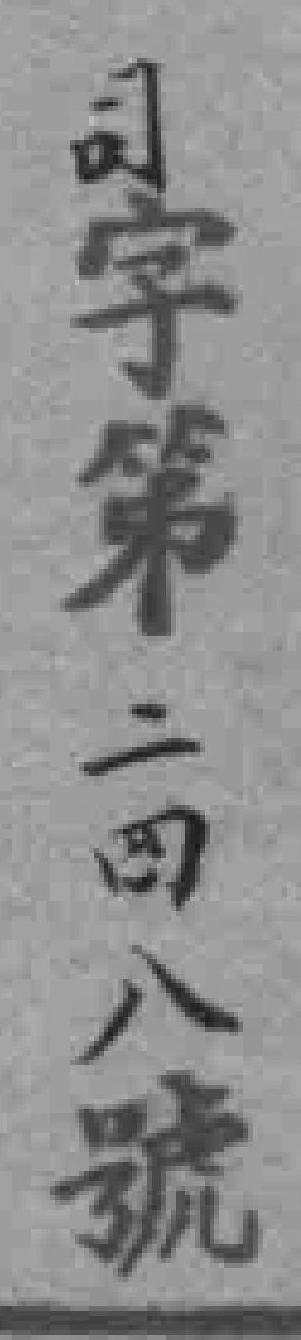
司字第二四八號